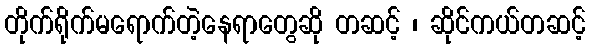
တိုက်ရိုက်မရောက်တဲ့နေရာတွေဆို တဆင့် ၊ ဆိုင်ကယ်တဆင့်